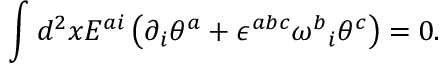
\int d ^ { 2 } x E ^ { a i } \left( \partial _ { i } \theta ^ { a } + \epsilon ^ { a b c } { \omega ^ { b } } _ { i } \theta ^ { c } \right) = 0 .